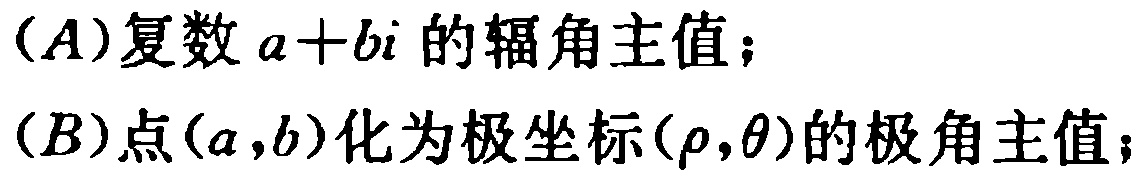
(A)复数\(a + bi\)的辐角主值；

(B)点\((a,b)\)化为极坐标\((\rho,\theta)\)的极角主值；